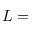
L =